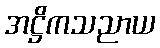
အဋ္ဌိကသညာယ